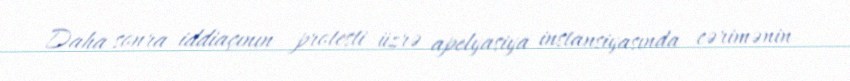
Daha sonra iddiaçının protesti üzrə apelyasiya instansiyasında cərimənin